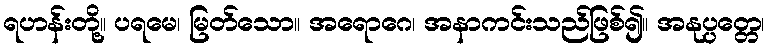
ရဟန်းတို့။ ပရမေ၊ မြတ်သော။ အရောဂေ၊ အနာကင်းသည်ဖြစ်၍။ အနုပ္ပတ္တေ၊